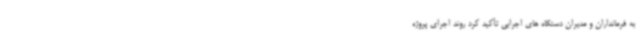
به فرمانداران و مدیران دستگاه های اجرایی تأکید کرد روند اجرای پروژه